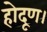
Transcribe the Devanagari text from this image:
होदूण।